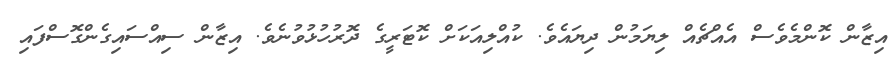
އިޒާން ކޮންމެވެސް އެއްޗެއް ލިޔަމުން ދިޔައެވެ. ކުއްލިއަކަށް ކޮޓަރީގެ ދޮރުހުޅުވުނެވެ. އިޒާން ސިއްސައިގެންގޮސްފައި